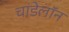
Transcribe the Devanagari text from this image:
चांडेलॉन